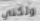
ولكني